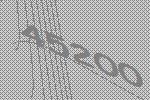
45200